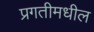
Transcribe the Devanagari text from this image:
प्रगतीमधील